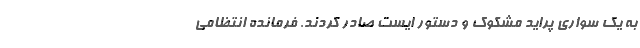
به یک سواری پراید مشکوک و دستور ایست صادر کردند. فرمانده انتظامی